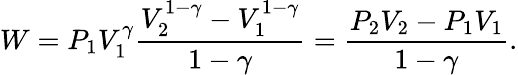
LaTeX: W=P_{1}V_{1}^{\gamma}{\frac{V_{2}^{1-\gamma}-V_{1}^{1-\gamma}}{1-\gamma}}={\frac{P_{2}V_{2}-P_{1}V_{1}}{1-\gamma}}.